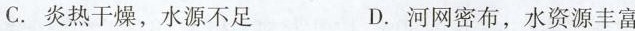
C.炎热干燥，水源不足 D.河网密布，水资源丰富